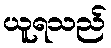
ယူရသည်